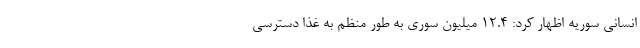
انسانی سوریه اظهار کرد: ۱۲.۴ میلیون سوری به طور منظم به غذا دسترسی